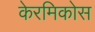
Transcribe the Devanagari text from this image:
केरमिकोस